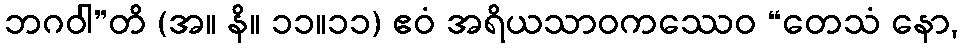
ဘဂဝါ”တိ (အ။ နိ။ ၁၁။၁၁) ဧဝံ အရိယသာဝကဿေဝ “တေသံ နော,